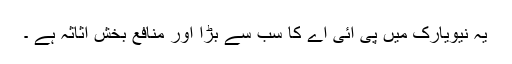
یہ نیویارک میں پی آئی اے کا سب سے بڑا اور منافع بخش اثاثہ ہے ۔